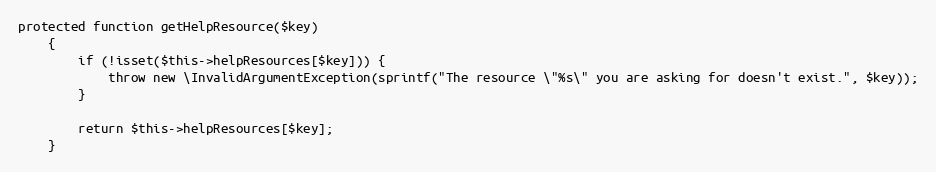
Language: PHP
protected function getHelpResource($key)
    {
        if (!isset($this->helpResources[$key])) {
            throw new \InvalidArgumentException(sprintf("The resource \"%s\" you are asking for doesn't exist.", $key));
        }

        return $this->helpResources[$key];
    }